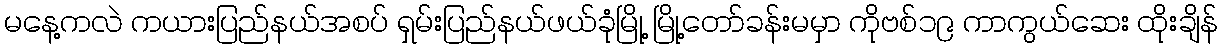
မနေ့ကလဲ ကယားပြည်နယ်အစပ် ရှမ်းပြည်နယ်ဖယ်ခုံမြို့ မြို့တော်ခန်းမမှာ ကိုဗစ်၁၉ ကာကွယ်ဆေး ထိုးချိန်